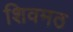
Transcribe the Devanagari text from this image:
शिवमठ